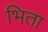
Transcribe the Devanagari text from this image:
भिता